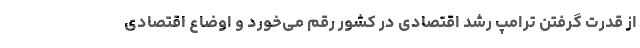
از قدرت گرفتن ترامپ رشد اقتصادی در کشور رقم می‌خورد و اوضاع اقتصادی